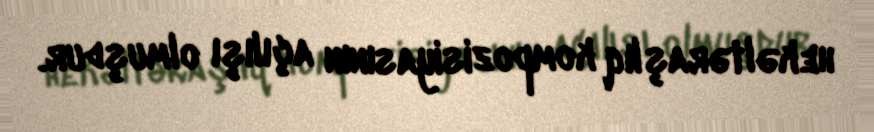
hekəltəraşlıq kompozisiyasının açılışı olmuşdur.